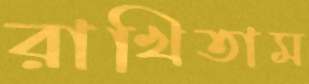
রাখিতাম